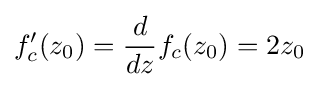
f_{c}'(z_{0})={\frac {d}{dz}}f_{c}(z_{0})=2z_{0}